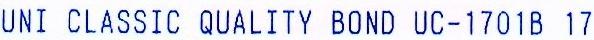
UNI CLASSIC QUALITY BOND UC-1701B 17